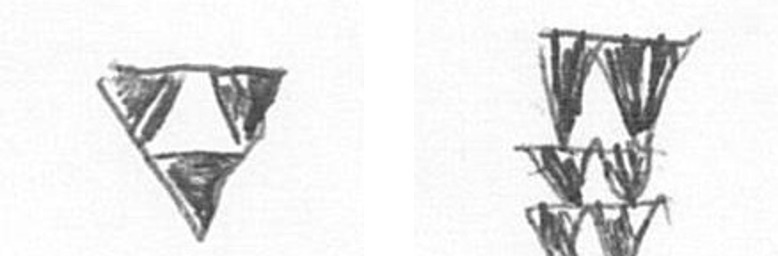
S Y